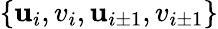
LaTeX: \{ \mathbf{u}_{i},v_{i},\mathbf{u}_{i\pm1},v_{i\pm1}\}